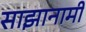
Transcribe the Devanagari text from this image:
साझानामी